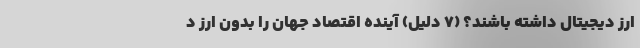
ارز دیجیتال داشته باشند؟ (7 دلیل) آینده اقتصاد جهان را بدون ارز د